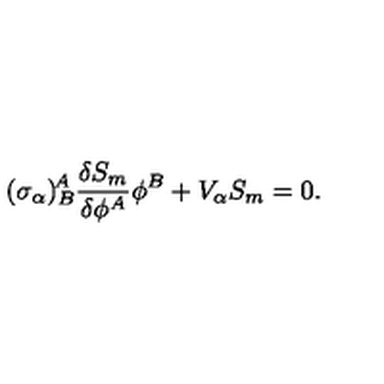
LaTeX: ( \sigma _ { \alpha } ) _ { B } ^ { \! A } \frac { \delta S _ { m } } { \delta \phi ^ { A } } \phi ^ { B } + V _ { \alpha } S _ { m } = 0 .